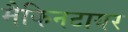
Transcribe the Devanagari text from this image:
मैकिनटायर